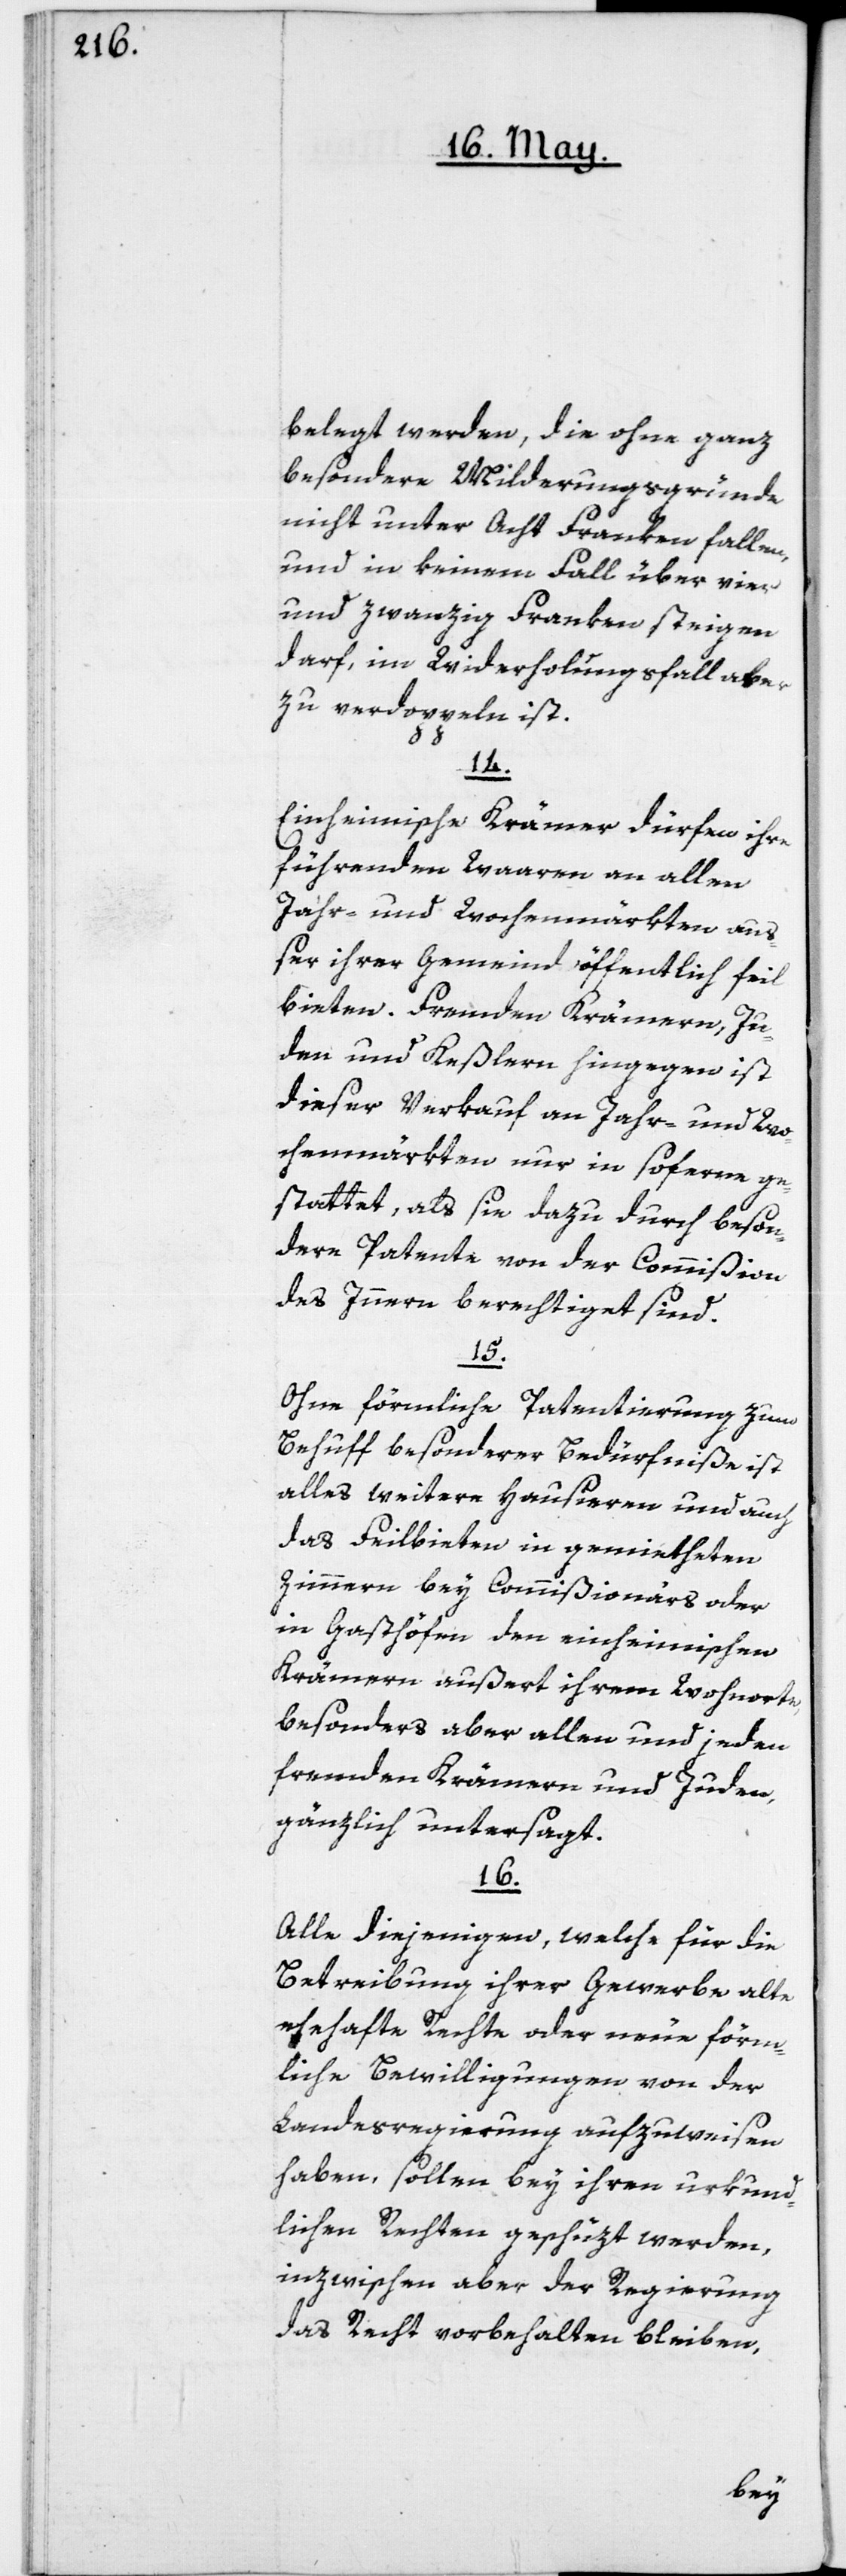
belegt werden, die ohne ganz
besondere Milderungsgründe
nicht unter Acht Franken fallen,
und in keinem Fall über vier
und zwanzig Franken steigen
darf, im Widerholungsfall aber
zu verdoppeln ist.
14.
Einheimische Krämer dürfen ihre
führenden Waaren an allen
Jahr- und Wochenmärkten au¬
ßer ihrer Gemeind öffentlich feil
bieten. Fremden Krämern, Ju¬
den und Keßlern hingegen ist
dieser Verkauf an Jahr- und Wo¬
chenmärkten nur in soferne ge¬
stattet, als sie dazu durch beson¬
dere Patente von der Commißion
des Innern berechtigt sind.
15.
Ohne förmliche Patentierung zum
Behuff besonderer Bedürfniße ist
alles weitere Hausieren und auch
das Feilbieten in gemietheten
Zimmern bey Commißionärs oder
in Gasthöfen den einheimischen
Krämern, außert ihrem Wohnorte,
besonders aber allen und jeden
fremden Krämern und Juden,
gänzlich untersagt.
16.
Alle diejenigen, welche für die
Betreibung ihrer Gewerbe alte
ehehafte Rechte oder neue förm¬
liche Bewilligungen von der
Landesregierung aufzuweisen
haben, sollen bey ihren urkund¬
lichen Rechten geschüzt werden,
inzwischen aber der Regierung
das Recht vorbehalte bleiben,